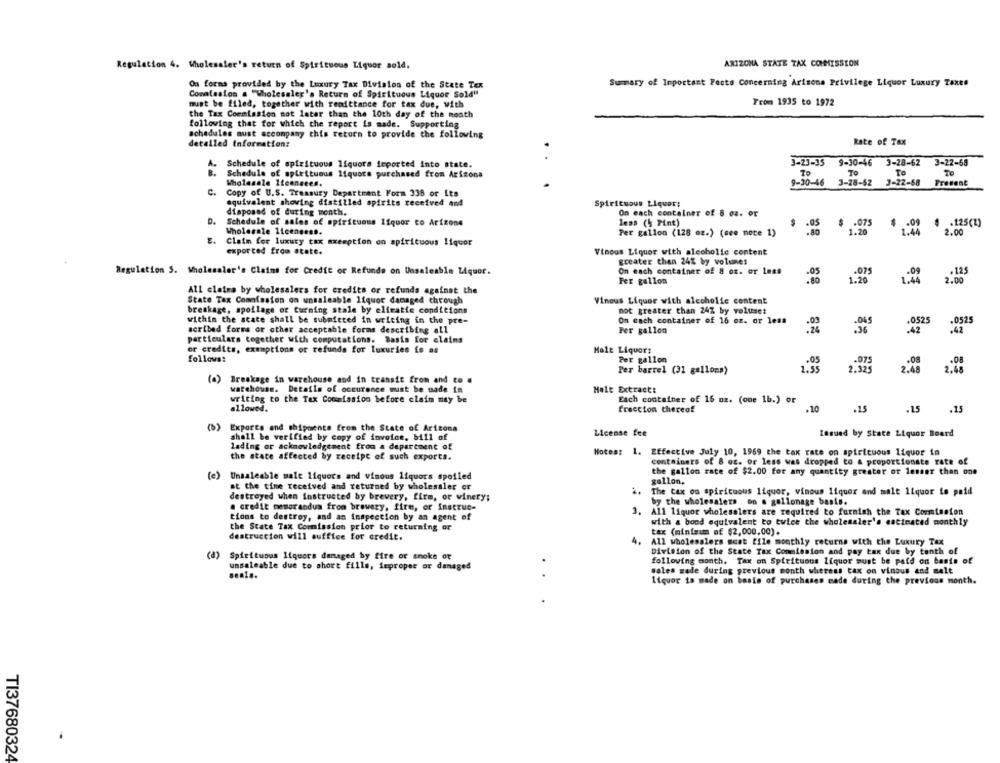
Regulation 4. Wholesaler's return of Spirituous Liquor sold.
ARIZONA STATE TAX COMISSION
On forma provided by the Luxury Tax Division of the State Tex
Summary of Important Facto Concerning Arizona Privilege Liquor Luxury Taxes
Comalssion & "Wholesaler's Return of Spirituous Liquor Sold"
must be filed, together with remittance for tax due, with
From 1935 to 1972
the Tax Commission mot later than the 10th day of the month
following that for which the report is made. Supporting
schedules must accompany this return to provide the following
detailed Information:
Rate of Tax
A.
Schedule of spirituous liquore imported into state.
3-23-35 9-30-46 3-28-62 3-22-68
B.
Schedule of spLettuous liquors purchased from Arizona
To
TO
To
TO
Wholesale Itconceen.
9-30-46 3-28-52 3-22-68 Present
c.
Copy of U.S. Treasury Department Form 338 or its
equivalent showing distilled spirits received and
Spiricuous Liquor:
disposed of during month.
On each container of 8 oz. or
D.
Schedule of sales of spirituous liquor co Arizone
less (§ Pint)
.075
1.44
4 .125(Z)
Wholesale 11cengens.
Per gallon (128 oz.) (cee note 1)
2.00
E. Claim for luxury tax exemption on spirituous liquor
exported from state.
Vinous Liquor with alcoholic content
greater than 24% by volumes
Regulation S. Wholesaler's Claims for Credit or Refunds on Unsaleable Liquor.
On each container of 8 oz. or less
.05
.09
.125
Fer gallon
1.20
1.44
2.00
All claims by wholesalers for credits or refunds against the
State Tax Commission on unsaleable liquor dacaged through
Vinous Liquor with alcoholic content
breakage, spollage of turning stale by elfratte conditions
not greater than 24% by voluset
within the state shall be submitted in writing in the pre-
On each container of 16 oz. or less
.0525
.0525
: 24
.42
scribed forms or other acceptable forms describing all
Per gallon
.42
particulars together with computations. Basis for claims
or credits, exemptions or refunds for luxuries is as
Male Liquors
follows:
Per gallon
.05
.075
Per barrel (31 gallons)
1.55
2.48
2.48
(a) Breakage in warehouse and in transit from and co .
warehouse. Details of occurence must be made in
Malt Extract:
writing to the Tax Countasion before claim may be
Each container of 16 oz. (one 1b.) or
allowed.
freccion thereof
.10
.15
.1.5
.15
(3)
Exports and shipments from the State of Arizona
License fee
Lasued by State Liquor Board
shall be verified by copy of invoice, bill of
lading or acknowledgement from a department of
the state affected by receipt of such exports.
Notes: 1. Effective July 10, 1969 the tax rate on spirituous liquor in
containers of 8 GE. or less was dropped to & proportionate rate of
the gallon rate of $2.00 for any quantity greater or lesser than one
(e)
Unsaleable malt liquors and vimous liquors spoiled
gallon,
at the time received and returned by wholesaler or
destroyed when instructed by brewery, firm, or winery;
:.
The tax on spirituous liquor, vinous Iiquer and malt liquor to paid
by the wholesalers on a gallonage basis.
a credit memorandum from brewery, fire, or instruc-
All liquor wholesalers are required to furnish the Tax Commission
tions to destroy, and an inspection by an agent of
the State Tax Commission prior to returning or
with a bond equivalent to twice the wholesaler's estimated monthly
tax (minimum of $2,000.00).
destruction will suffice for credit.
4.
All wholesalers scat file monthly returns with the Luxury Tax
(d) Spirituous liquors damaged by fire or smoke or
Division of the State Tax Commission and pay tax due by tenth of
following month. Tax on Spirituous liquor must be paid on basis of
unsaleable due to short fille, improper or damaged
.
sales made during previous month wheress tax on vinous and malt
Liquor is made on basis of purchases made during the previous month.
TI37680324